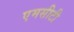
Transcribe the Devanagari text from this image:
एमसीटी